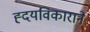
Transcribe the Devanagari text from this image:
ह्दयविकाराने